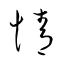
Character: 情